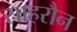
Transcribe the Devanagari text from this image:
साहरौन